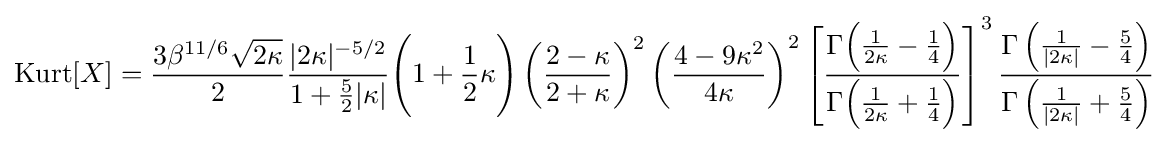
\operatorname {Kurt} [X]={\frac {3\beta ^{11/6}{\sqrt {2\kappa }}}{2}}{\frac {|2\kappa |^{-5/2}}{1+{\frac {5}{2}}|\kappa |}}{\Bigg (}1+{\frac {1}{2}}\kappa {\Bigg )}\left({\frac {2-\kappa }{2+\kappa }}\right)^{2}\left({\frac {4-9\kappa ^{2}}{4\kappa }}\right)^{2}\left[{\frac {\Gamma {\Big (}{\frac {1}{2\kappa }}-{\frac {1}{4}}{\Big )}}{\Gamma {\Big (}{\frac {1}{2\kappa }}+{\frac {1}{4}}{\Big )}}}\right]^{3}{\frac {\Gamma \left({\frac {1}{|2\kappa |}}-{\frac {5}{4}}\right)}{\Gamma \left({\frac {1}{|2\kappa |}}+{\frac {5}{4}}\right)}}